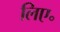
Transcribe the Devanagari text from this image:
लिए॰